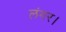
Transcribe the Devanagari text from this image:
लंगर।